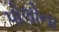
પોલોના